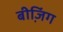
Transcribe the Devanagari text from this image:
बीजि़ंग